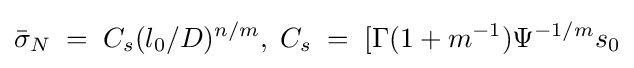
{\bar {\sigma }}_{N}\;=\;C_{s}(l_{0}/D)^{n/m},\;C_{s}\;=\;[\Gamma (1+m^{-1})\Psi ^{-1/m}s_{0}